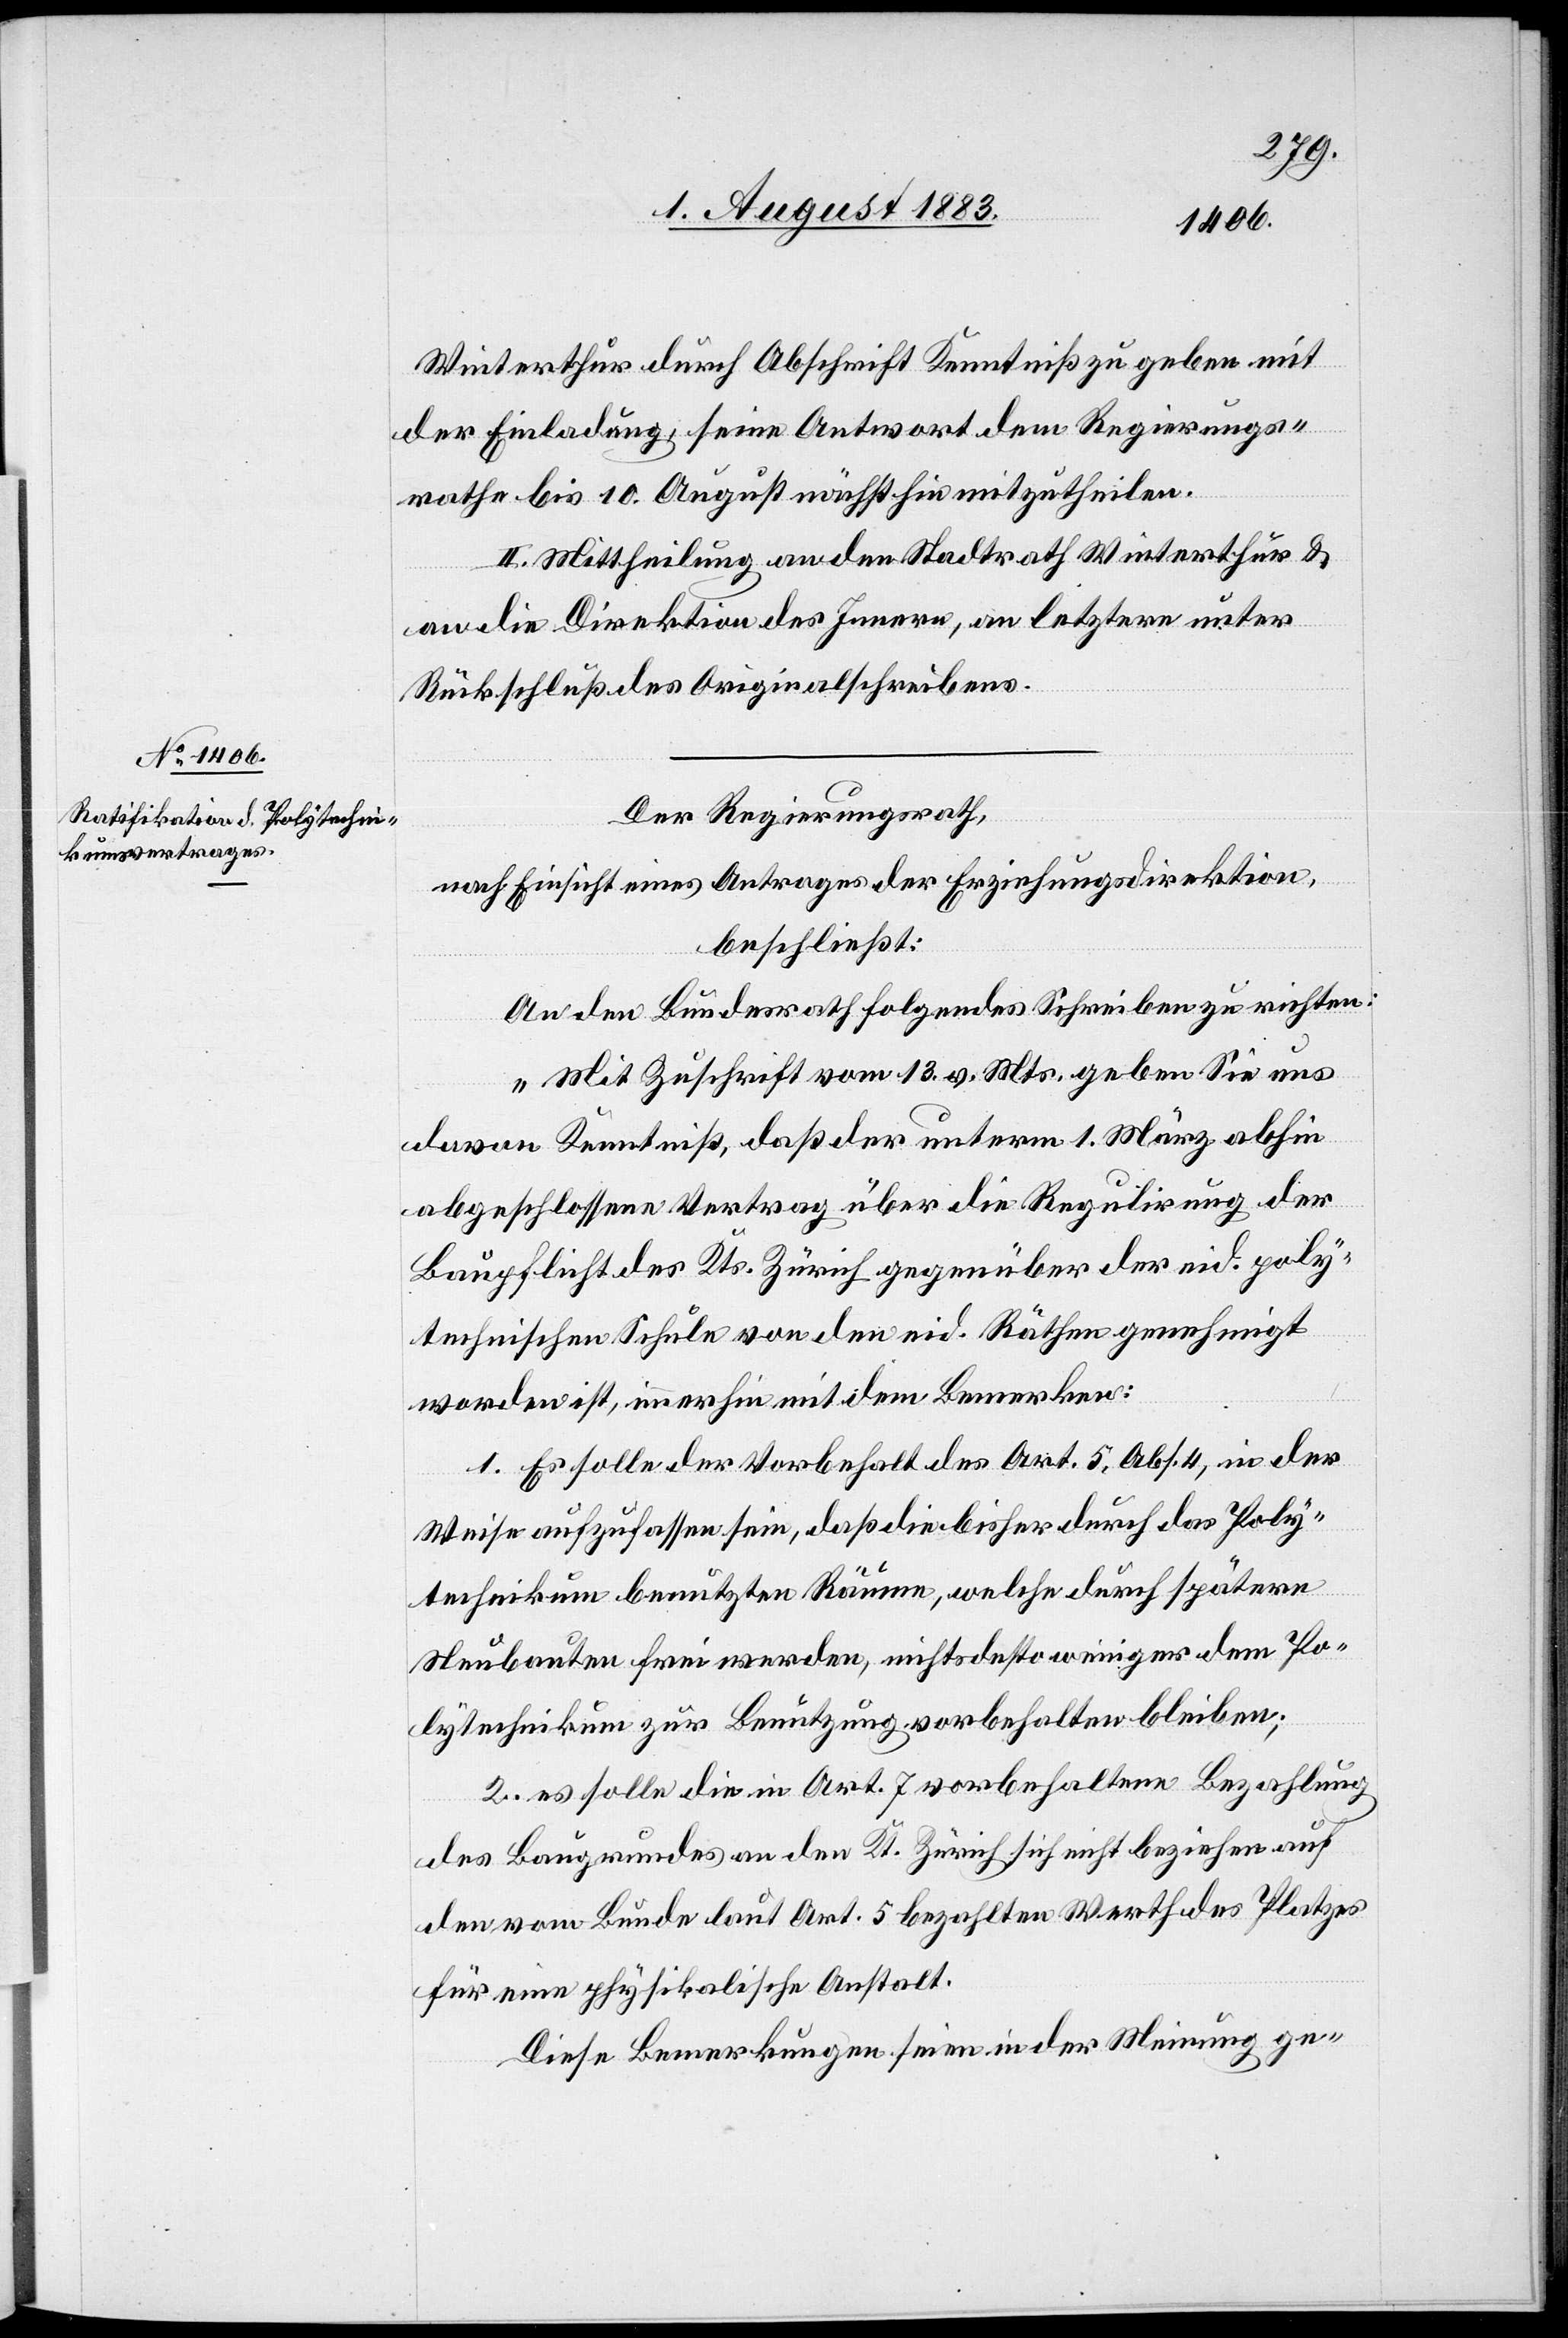
Winterthur durch Abschrift Kenntniß zu geben mit
der Einladung, seine Antwort dem Regierungs¬
rathe bis 10. August nächsthin mitzutheilen.
II. Mittheilung an den Stadtrath Winterthur &
an die Direktion des Innern, an letztere unter
Rückschluß des Originalschreibens.
Der Regierungsrath,
nach Einsicht eines Antrages der Erziehungsdirektion,
beschließt:
An den Bundesrath folgendes Schreiben zu richten:
„Mit Zuschrift vom 13. v. Mts. geben Sie uns
davon Kenntniß, daß der unterm 1. März abhin
abgeschlossene Vertrag über die Regulirung der
Baupflicht des Kts. Zürich gegenüber der eid. poly¬
technischen Schule von den eid. Räthe genehmigt
worden ist, immerhin mit dem Bemerken:
1. Es solle der Vorbehalt des Art. 5, Abs. 4, in der
Weise aufzufassen sein, daß die bisher durch das Poly¬
technikum benutzten Räume, welche durch spätere
Neubauten frei werden, nichts desto weniger dem Po¬
lytechnikum zur Benutzung vorbehalten bleiben;
2. es solle die in Art. 7 vorbehaltene Bezahlung
des Baugrundes an den Kt. Zürich sich nicht beziehen auf
den vom Bunde laut Art. 5 bezahlten Werth des Platzes
für eine physikalische Anstalt.
Diese Bemerkungen seien in der Meinung ge-